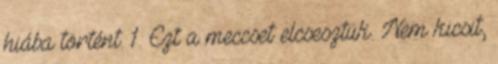
hiába történt. 1. Ezt a meccset elcsesztük. Nem kicsit,